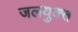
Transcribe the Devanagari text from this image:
जलयुक्‍त